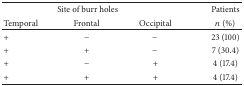
<table><thead><tr><td colspan="3"><b> Site of burr holes</b></td><td><b>Patients</b></td></tr><tr><td><b>Temporal</b></td><td><b>Frontal</b></td><td><b>Occipital</b></td><td><b><i>n</i> (%)</b></td></tr></thead><tbody><tr><td>+</td><td>−</td><td>−</td><td>23 (100)</td></tr><tr><td>+</td><td>+</td><td>−</td><td>7 (30.4)</td></tr><tr><td>+</td><td>−</td><td>+</td><td>4 (17.4)</td></tr><tr><td>+</td><td>+</td><td>+</td><td>4 (17.4)</td></tr></tbody></table>